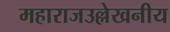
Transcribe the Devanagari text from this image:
महाराजउल्लेखनीय